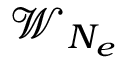
\mathcal { W } _ { N _ { e } }